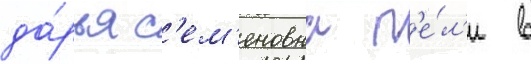
да́рья с'ем'еновна п'е́л'и в